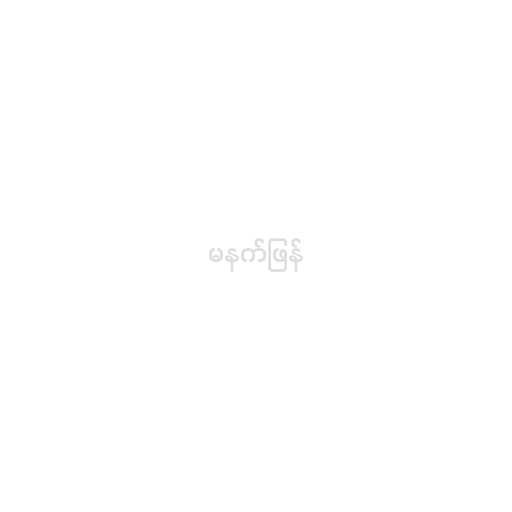
မနက်ဖြန်